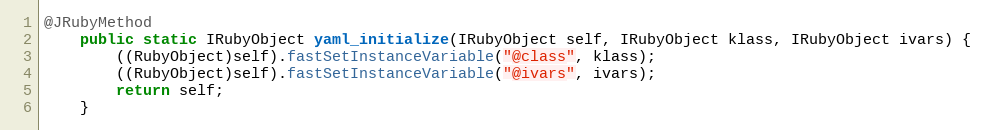
Language: Java
@JRubyMethod
    public static IRubyObject yaml_initialize(IRubyObject self, IRubyObject klass, IRubyObject ivars) {
        ((RubyObject)self).fastSetInstanceVariable("@class", klass);
        ((RubyObject)self).fastSetInstanceVariable("@ivars", ivars);
        return self;
    }